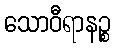
သောဝီရာနဉ္စ